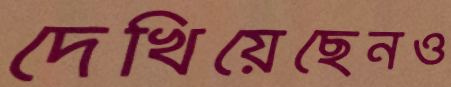
দেখিয়েছেনও